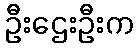
ဦးဌေးဦးက